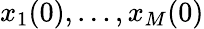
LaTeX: x_{1}(0),\ldots,x_{M}(0)